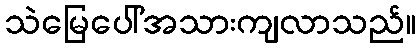
သဲမြေပေါ်အသားကျလာသည်။